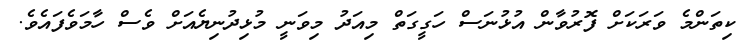
ކިތަންމެ ވަރަކަށް ފޮރުވާން އުޅުނަސް ހަގީގަތް މިއަދު މިވަނީ މުޅިދުނިޔެއަށް ވެސް ހާމަވެފައެވެ.